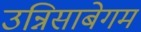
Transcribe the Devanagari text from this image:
उन्निसाबेगम